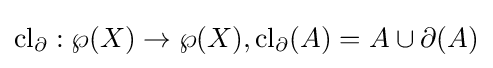
\operatorname {cl} _{\partial }:\wp (X)\to \wp (X),\operatorname {cl} _{\partial }(A)=A\cup \partial (A)